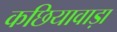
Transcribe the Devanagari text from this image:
कछियावाड़ा